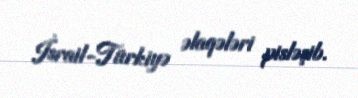
İsrail-Türkiyə əlaqələri pisləşib.